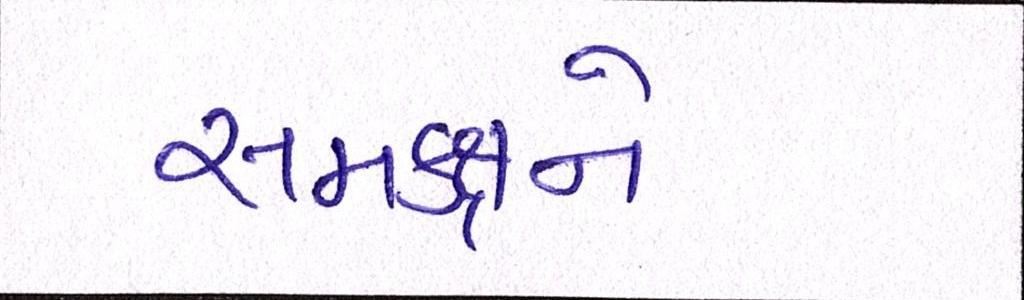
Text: સમકક્ષને